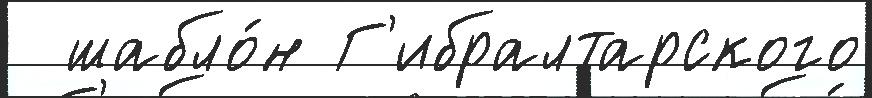
  шабло́н Г'ибралтарского